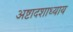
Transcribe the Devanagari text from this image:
अष्टादशाध्याय